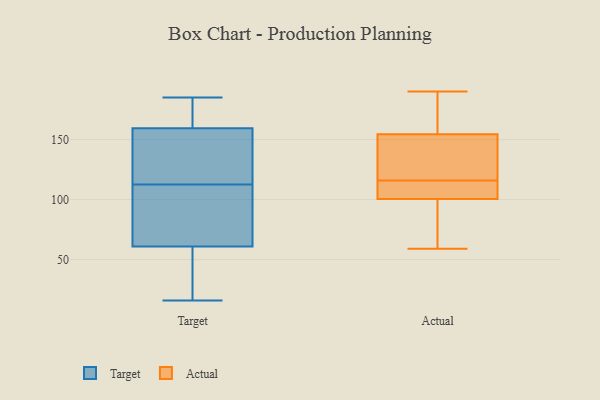
{"axis": {"x": "Production Output", "y": "Value"}, "legend": ["Actual", "Target"], "data": [{"x": "", "y": 81, "type": "Target"}, {"x": "", "y": 16, "type": "Target"}, {"x": "", "y": 97, "type": "Target"}, {"x": "", "y": 128, "type": "Target"}, {"x": "", "y": 48, "type": "Target"}, {"x": "", "y": 74, "type": "Target"}, {"x": "", "y": 185, "type": "Target"}, {"x": "", "y": 161, "type": "Target"}, {"x": "", "y": 37, "type": "Target"}, {"x": "", "y": 143, "type": "Target"}, {"x": "", "y": 185, "type": "Target"}, {"x": "", "y": 158, "type": "Target"}, {"x": "", "y": 134, "type": "Actual"}, {"x": "", "y": 118, "type": "Actual"}, {"x": "", "y": 114, "type": "Actual"}, {"x": "", "y": 152, "type": "Actual"}, {"x": "", "y": 59, "type": "Actual"}, {"x": "", "y": 71, "type": "Actual"}, {"x": "", "y": 111, "type": "Actual"}, {"x": "", "y": 154, "type": "Actual"}, {"x": "", "y": 84, "type": "Actual"}, {"x": "", "y": 177, "type": "Actual"}, {"x": "", "y": 110, "type": "Actual"}, {"x": "", "y": 155, "type": "Actual"}, {"x": "", "y": 173, "type": "Actual"}, {"x": "", "y": 190, "type": "Actual"}, {"x": "", "y": 99, "type": "Actual"}, {"x": "", "y": 102, "type": "Actual"}]}